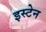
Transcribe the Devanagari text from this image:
इस्टेन